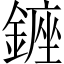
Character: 𨫈